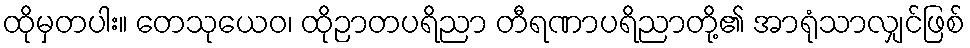
ထိုမှတပါး။ တေသုယေဝ၊ ထိုဉာတပရိညာ တီရဏာပရိညာတို့၏ အာရုံသာလျှင်ဖြစ်